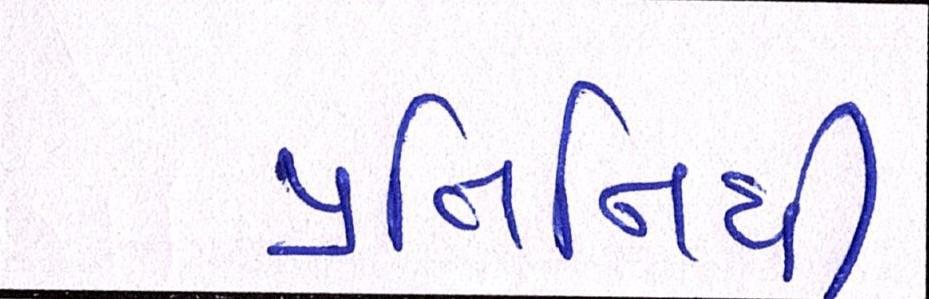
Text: પ્રતિનિધી